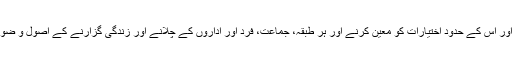
حکومت چلانے کے طریقہ کار اور اس کے حدود اختیارات کو معین کرنے اور ہر طبقہ، جماعت، فرد اور اداروں کے چلانے اور زندگی گزارنے کے اصول و ضوابط معین کرنا ضروری ہوتا ہے۔